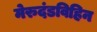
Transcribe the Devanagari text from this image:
मेरुदंडविहिन